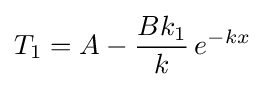
T_{1}=A-{\frac {Bk_{1}}{k}}\,e^{-kx}